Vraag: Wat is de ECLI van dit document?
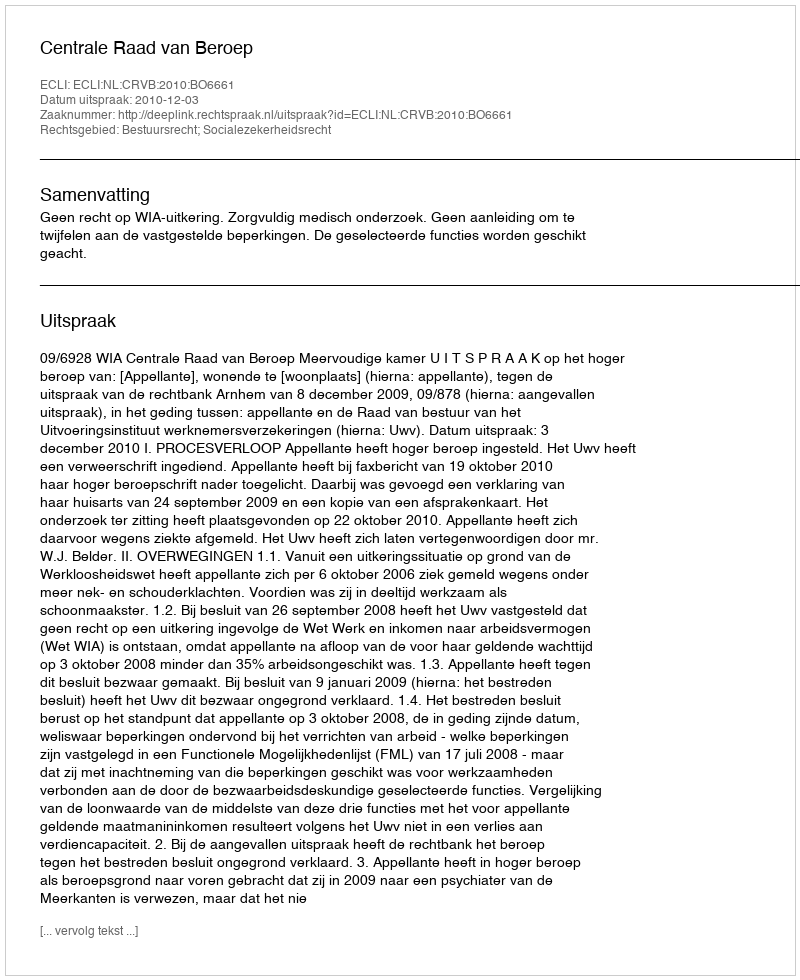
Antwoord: ECLI:NL:CRVB:2010:BO6661